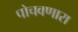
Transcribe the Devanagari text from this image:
पोचवणारा